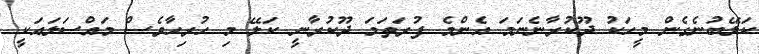
ކަލޭބުނެގެން މީހަކު ދޫކުރާނެނަމަ އެންމެ ފުރަތަމަ ދޫކުރާނީ ކަލޭ މި ހުރިހާވެސް މައްސަލައަކީ